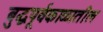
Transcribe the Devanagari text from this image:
बुद्धपूर्वकाळातील